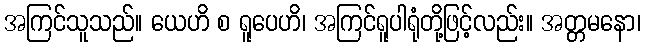
အကြင်သူသည်။ ယေဟိ စ ရူပေဟိ၊ အကြင်ရူပါရုံတို့ဖြင့်လည်း။ အတ္တမနော၊